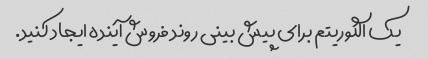
یک الگوریتم برای پیش بینی روند فروش آینده ایجاد کنید.